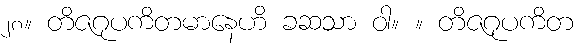
၂၈။ တိဇဂုပကိတမာနေဟိ ခဆသာ ဝါ။ ။ တိဇဂုပကိတ